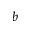
^ { b }